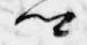
卿